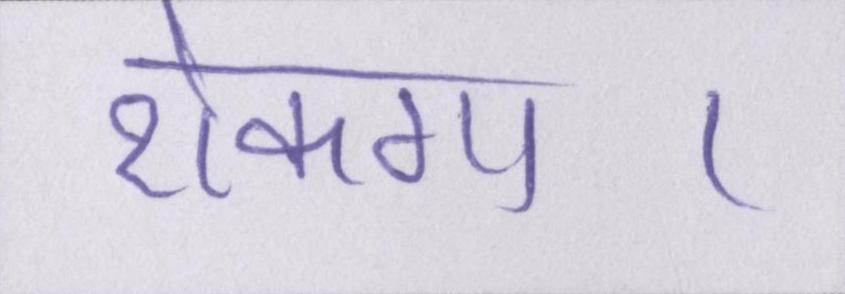
रोकगा।